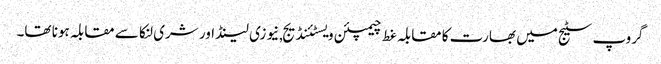
گروپ سٹیج میں بھارت کا مقابلہ غط چیمپئن ویسٹئنڈیج,نیوزی لینڈ اور شری لنکا سے مقابلہ ہونا تھا۔